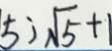
5 ) \sqrt { 5 } + 1